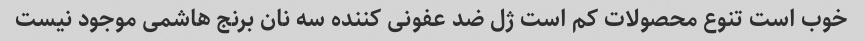
خوب است تنوع محصولات کم است ژل ضد عفونی کننده سه نان برنج هاشمی موجود نیست